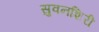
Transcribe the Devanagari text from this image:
सुवनशिरी